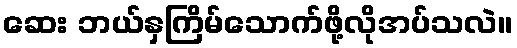
ဆေး ဘယ်နှကြိမ်သောက်ဖို့လိုအပ်သလဲ။